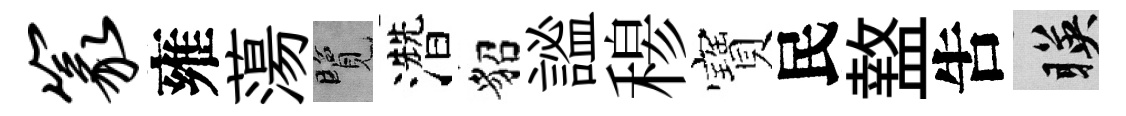
篆雍蕩覽濳貂謐𥠇寶民盩吿暎